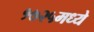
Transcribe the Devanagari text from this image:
१७२५मध्ये